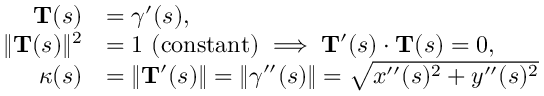
{ \begin{array} { r l } { \mathbf { T } ( s ) } & { = { \boldsymbol { \gamma } } ^ { \prime } ( s ) , } \\ { \| \mathbf { T } ( s ) \| ^ { 2 } } & { = 1 \ { \mathrm { ( c o n s t a n t ) } } \implies \mathbf { T } ^ { \prime } ( s ) \cdot \mathbf { T } ( s ) = 0 , } \\ { \kappa ( s ) } & { = \| \mathbf { T } ^ { \prime } ( s ) \| = \| { \boldsymbol { \gamma } } ^ { \prime \prime } ( s ) \| = { \sqrt { x ^ { \prime \prime } ( s ) ^ { 2 } + y ^ { \prime \prime } ( s ) ^ { 2 } } } } \end{array} }